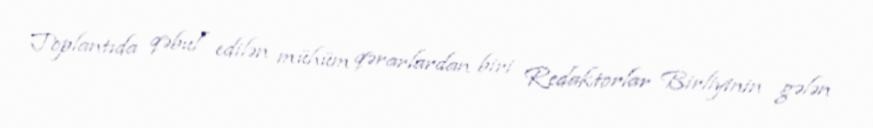
Toplantıda qəbul edilən mühüm qərarlardan biri Redaktorlar Birliyinin gələn